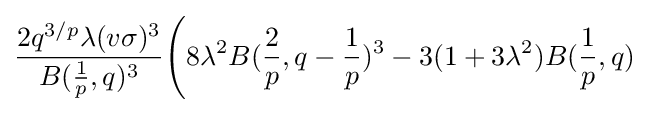
{\frac {2q^{3/p}\lambda (v\sigma )^{3}}{B({\frac {1}{p}},q)^{3}}}{\Bigg (}8\lambda ^{2}B({\frac {2}{p}},q-{\frac {1}{p}})^{3}-3(1+3\lambda ^{2})B({\frac {1}{p}},q)